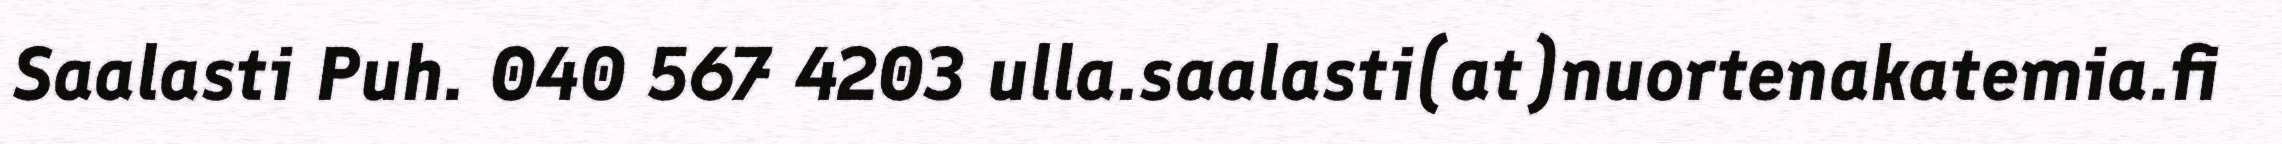
Saalasti Puh. 040 567 4203 ulla.saalasti(at)nuortenakatemia.fi